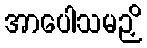
အာပေါသမဉှိ